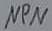
Text: NPN